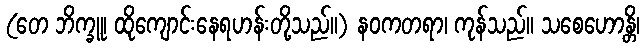
(တေ ဘိက္ခူ၊ ထိုကျောင်းနေရဟန်းတို့သည်။) နဝကတရာ၊ ကုန်သည်။ သစေဟောန္တိ၊